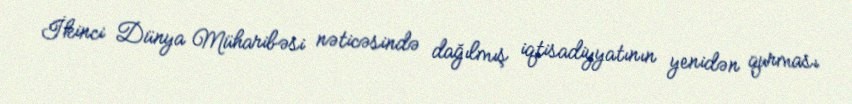
İkinci Dünya Müharibəsi nəticəsində dağılmış iqtisadiyyatının yenidən qurması